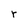
Character: r